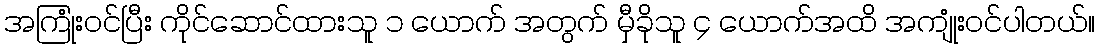
အကြုံးဝင်ပြီး ကိုင်ဆောင်ထားသူ ၁ ယောက် အတွက် မှီခိုသူ ၄ ယောက်အထိ အကျုံးဝင်ပါတယ်။